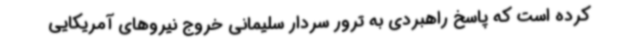
کرده است که پاسخ راهبردی به ترور سردار سلیمانی خروج نیروهای آمریکایی